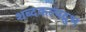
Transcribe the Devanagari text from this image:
शब्दकल्पद्रुभ